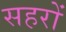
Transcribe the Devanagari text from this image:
सहरों